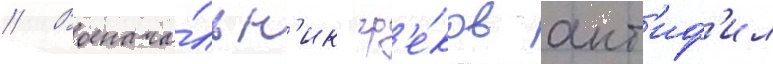
// Военача́льн'ик гр'е́ков ант'иф'ил